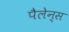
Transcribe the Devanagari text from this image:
पैलेन्स